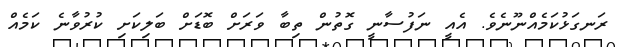
ރަނގަޅުކަމެއްނޫނެވެ. އެއީ ނަފުސާނީ ގޮތުން ތިބާ ވަރަށް ބޮޑަށް ބަލިކަށި ކުރުވާނެ ކަމެއް